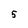
Character: 5